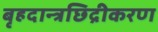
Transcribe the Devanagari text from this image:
बृहदान्त्रछिद्रीकरण